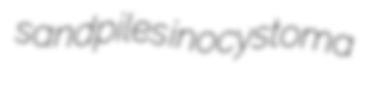
sandpiles inocystoma